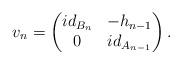
LaTeX: \begin{align*}v_n=\begin{pmatrix} id_{B_n} & -h_{n-1}\\ 0 & id_{A_{n-1}}\end{pmatrix}.\end{align*}